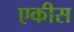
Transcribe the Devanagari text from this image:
एकीस